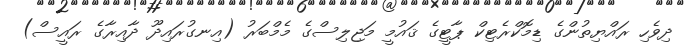
ދިވެހި ރައްޔިތުންގެ ޑިމޮކްރެޓިކް ޕާޓީގެ ޤައުމީ މަޖިލިސްގެ މެމްބަރު (އިނގުރައިދޫ ދާއިރާގެ ރައީސް)